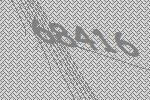
68416